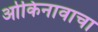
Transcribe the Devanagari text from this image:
ओकिनावाचा